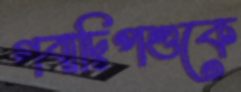
গবাদিপশুকে